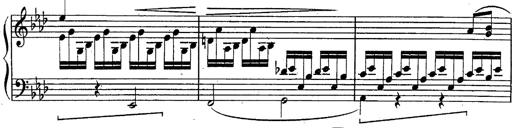
Title: Schubert's Impromptus [revised and edited by Franz Liszt]
Composer: Franz Liszt